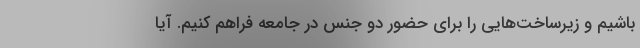
باشیم و زیرساخت‌هایی را برای حضور دو جنس در جامعه فراهم کنیم. آیا